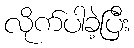
လိုက်ပါခဲ့ပြီး